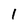
Character: 1